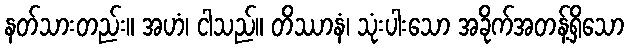
နတ်သားတည်း။ အဟံ၊ ငါသည်။ တိဿာနံ၊ သုံးပါးသော အခိုက်အတန့်ရှိသော